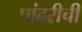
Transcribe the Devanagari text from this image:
पांढरीची